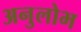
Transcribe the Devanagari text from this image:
अनुलोभ